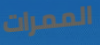
الممرات